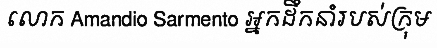
លោក Amandio Sarmento អ្នកដឹកនាំរបស់ក្រុម